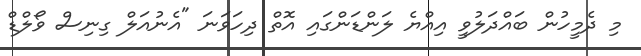
މި ދެމީހުން ބައްދަލުވީ އިއްޔެ ލަންޑަންގައި އޮތް ދިހަވަނަ "އެނުއަލް ގިނިސް ވޯލްޑް